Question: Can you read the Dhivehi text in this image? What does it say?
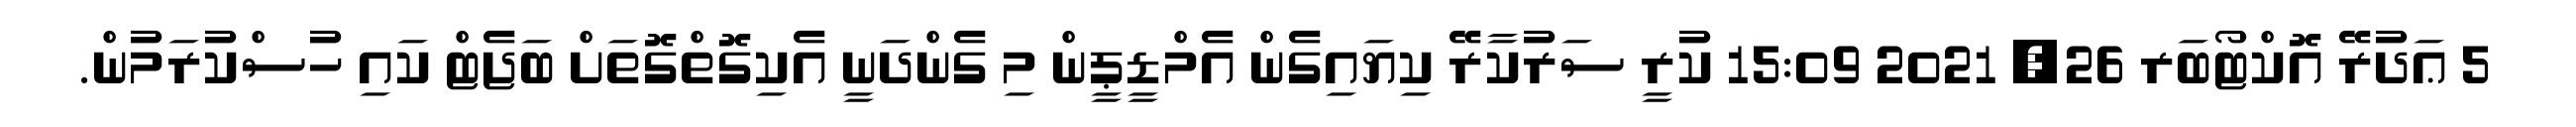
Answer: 5 ޢަދުރޭ އޮކްޓޯބަރ 26, 2021 15:09 ކުރީ ސަރުކާރޭ ކިޔައިގެން އެމްޑީޕީން މި ގެންދަނީ އެކިގޮތްގޮތަށް ބަޖެޓް ކައި ހުސްކުރަމުން.